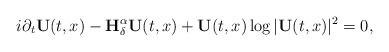
LaTeX: \begin{align*}i\partial_t \mathbf{U}(t,x)-\mathbf{H}^\alpha_\delta\mathbf{U}(t,x) +\mathbf{U}(t,x)\log|\mathbf{U}(t,x)|^2=0,\end{align*}